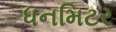
ધનમિટર